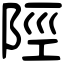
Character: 陘